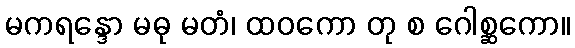
မကရန္ဒော မဓု မတံ၊ ထဝကော တု စ ဂေါစ္ဆကော။